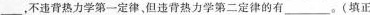
——，不违背热力学第一定律，但违背热力学第二定律的有___。(填正